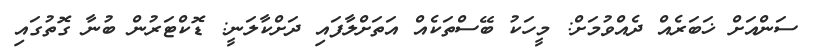
ސަންއަށް ޚަބަރެއް ދެއްވުމަށް: މީހަކު ބޭސްތަކެއް އަތަށްލާފައި ދަށްކާލަނީ: ޑޮކްޓަރުން ބުނާ ގޮތުގައި